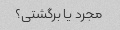
مجرد یا برگشتی؟